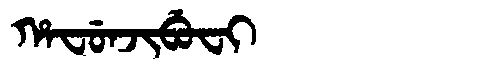
Manchu: ᡥᠠᠸᡠᠨᠵᡳᠪᡠᠸᡳ
Romanization: HAFUNJIBUFI